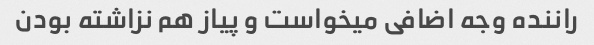
راننده وجه اضافی میخواست و پیاز هم نزاشته بودن